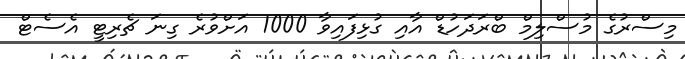
މިސްރުގެ މުސްލިމް ބްރަދަހުޑް އާއި ގުޅިފައިވާ 1000 އަށްވުރެ ގިނަ ޗެރިޓީ އެސެޓް